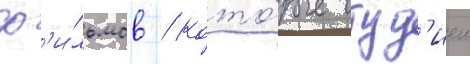
ф'и́льмов / кото́рые студ'иеи